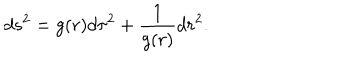
d s ^ { 2 } = g ( r ) d \tau ^ { 2 } + { \frac { 1 } { g ( r ) } } d r ^ { 2 } .